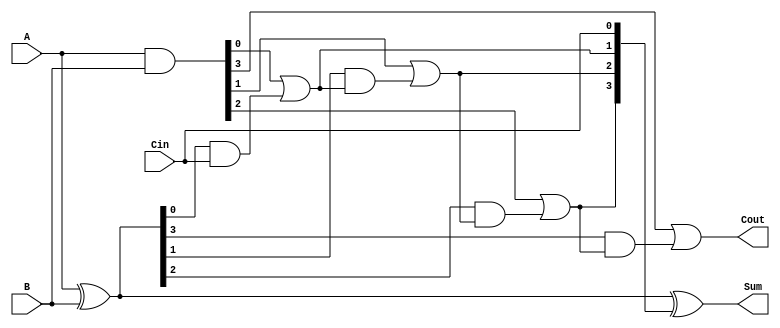
module CILA #(
    parameter N = 4  // Parameter for bit width
)(
    input [N-1:0] A,     // First operand
    input [N-1:0] B,     // Second operand
    input Cin,           // Carry-in
    output [N-1:0] Sum,  // Resultant sum
    output Cout          // Carry-out
);
    wire [N-1:0] P;      // Propagate signals
    wire [N-1:0] G;      // Generate signals
    wire [N:0] C;        // Carry signals (N+1 bits)

    // Generate and Propagate signals
    assign P = A ^ B;    // P[i] = A[i] xor B[i]
    assign G = A & B;    // G[i] = A[i] and B[i]

    // Carry calculations using lookahead logic
    assign C[0] = Cin;   // If i=0, C[0] = Cin
    generate
        genvar i;
        for (i = 0; i < N; i = i + 1) begin : carry_generator
            if (i == 0) begin
                assign C[i + 1] = G[i] | (P[i] & C[i]);
            end else begin
                assign C[i + 1] = G[i] | (P[i] & C[i]);
            end
        end
    endgenerate

    // Sum calculation
    assign Sum = P ^ C[N-1:0];  // Sum[i] = P[i] xor C[i]

    // Final Carry-out
    assign Cout = C[N];          // Cout = C[n]

endmodule